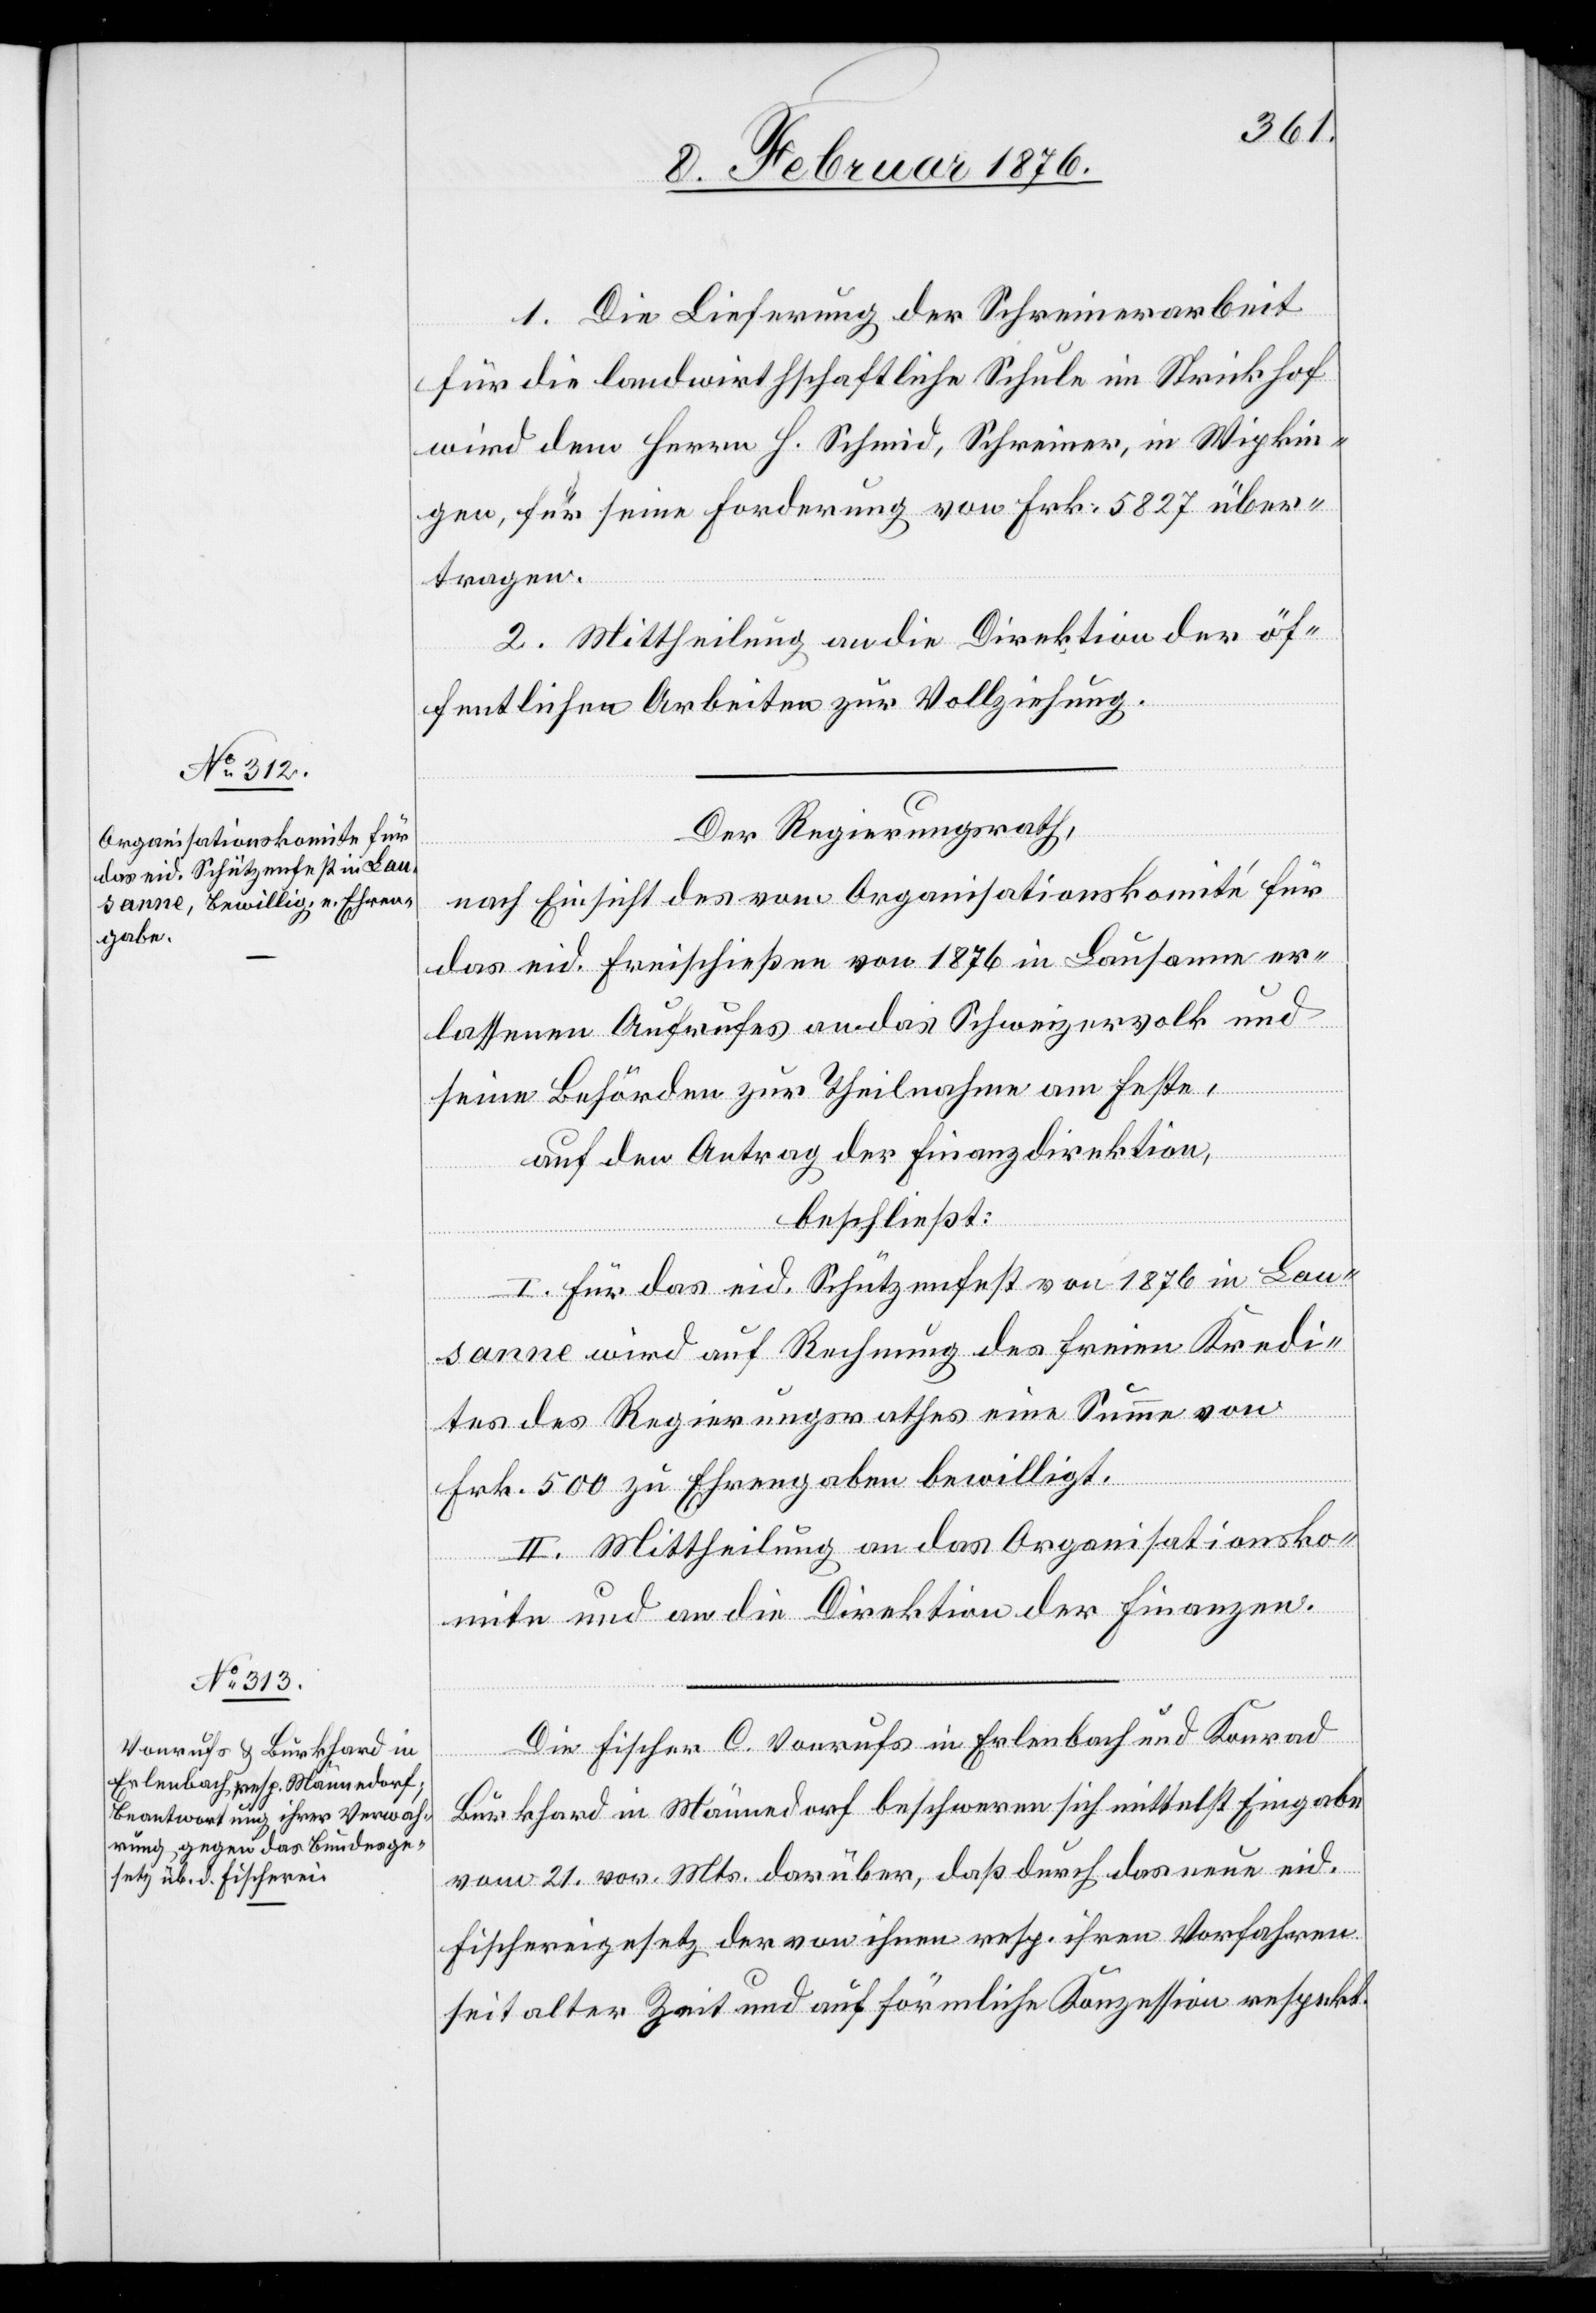
1. Die Lieferung der Schreinerarbeit
für die landwirtschaftliche Schule im Strickhof
wird dem Herrn H. Schmid, Schreiner, in Wipkin¬
gen, für seine Forderung von Frk. 5827 über¬
tragen.
2. Mittheilung an die Direktion der öf¬
fentlichen Arbeiten zur Vollziehung.
Der Regierungsrath,
nach Einsicht des vom Organisationskomité für
das eid. Freischießen von 1876 in Lausanne er¬
lassenen Aufrufes an das Schweizervolk und
seine Behörden zur Theilnahme am Feste,
auf den Antrag der Finanzdirektion,
beschließt:
I. Für das eid. Schützenfest von 1876 in Lau¬
sanne wird auf Rechnung des freien Kredi¬
tes des Regierungsrathes eine Summe von
Frk. 500 zu Ehrengaben bewilligt.
II. Mittheilung an das Organisationsko¬
mité und an die Direktion der Finanzen.
Die Fischer C. Vonrufs in Erlenbach und Konrad
Burkhard in Männedorf beschweren sich mittelß Eingabe
vom 21. vor. Mts. darüber, daß durch das neue eid.
Fischereigesetz der von ihnen resp. ihren Vorfahren
seit alter Zeit und auf förmliche Konzession respekt.